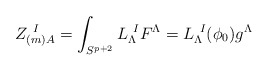
\begin{align*}Z_{(m) A} ^{\ I} = \int _{S^{p+2}} L_\Lambda^{\ I} F^\Lambda = L_\Lambda^{\ I} (\phi_0) g^\Lambda\end{align*}